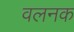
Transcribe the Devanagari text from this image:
वलनक